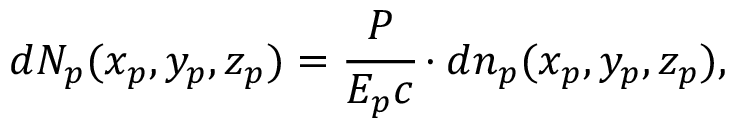
d N _ { p } ( x _ { p } , y _ { p } , z _ { p } ) = \cfrac { P } { E _ { p } c } \cdot d n _ { p } ( x _ { p } , y _ { p } , z _ { p } ) ,